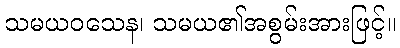
သမယဝသေန၊ သမယ၏အစွမ်းအားဖြင့်။